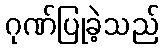
ဂုဏ်ပြုခဲ့သည်